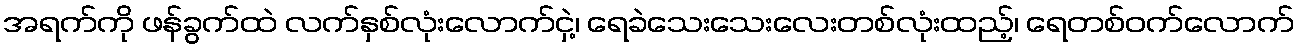
အရက်ကို ဖန်ခွက်ထဲ လက်နှစ်လုံးလောက်ငှဲ့၊ ရေခဲသေးသေးလေးတစ်လုံးထည့်၊ ရေတစ်ဝက်လောက်